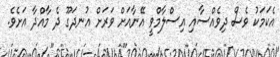
އެކަމަކު ވެސް ދިވެއްސާއި އިސްލާމްވީ އޭނާއަށް ވަރަށް އުނދަގޫ ދެ މާއްދާ އަށެވެ.